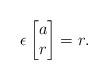
LaTeX: \begin{align*}\epsilon \begin{bmatrix}a \\r\end{bmatrix}= r.\end{align*}